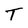
Character: T